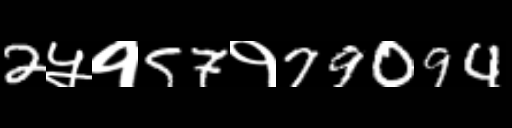
Text: 2५१57१79094